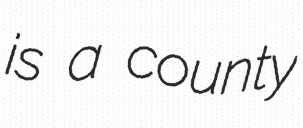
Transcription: is a county